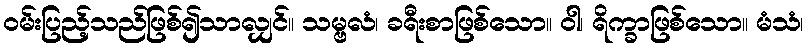
ဝမ်းပြည့်သည်ဖြစ်၍သာလျှင်။ သမ္ဗလံ၊ ခရီးစာဖြစ်သော။ ဝါ၊ ရိက္ခာဖြစ်သော။ မံသံ၊